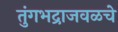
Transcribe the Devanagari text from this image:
तुंगभद्राजवळचे